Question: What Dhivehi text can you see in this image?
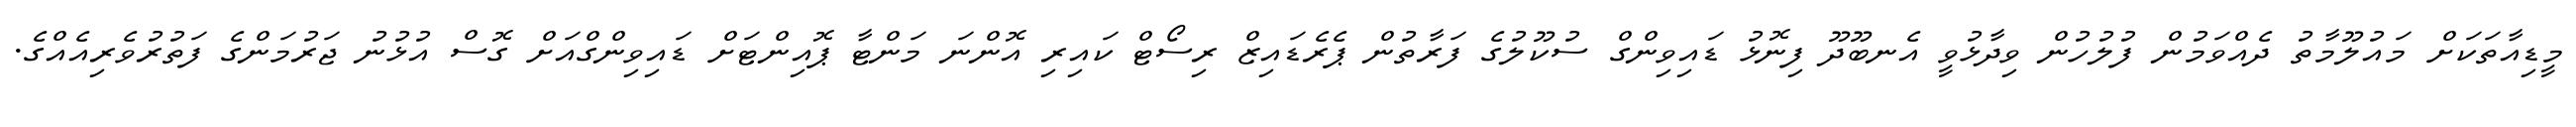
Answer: މީޑިއާތަކަށް މައުލޫމާތު ދެއްވަމުން ފުލުހުން ވިދާޅުވީ އެނބޫދޫ ފިނޮޅު ޑައިވިންގް ސުކޫލުގެ ފަރާތުން ޕެރެޑައިޒް ރިސޯޓް ކައިރި އޮންނަ މަންޓާ ޕޮއިންޓަށް ޑައިވިންގްއަށް ގޮސް އުޅުނު ޖަރުމަންގެ ފަތުރުވެރިއެއްގެ.